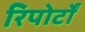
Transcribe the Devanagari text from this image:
रिपोर्टाें